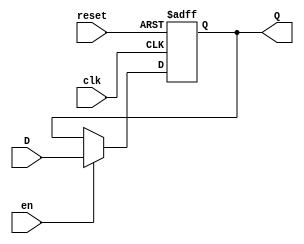
module barrier_register (
    input wire clk,       // Clock signal
    input wire en,       // Enable signal
    input wire reset,     // Asynchronous reset signal
    input wire [N-1:0] D, // Data input (N-bit wide)
    output reg [N-1:0] Q  // Data output (N-bit wide)
);
    parameter N = 8; // Define the width of the register (8 bits by default)

    // Asynchronous reset and synchronous data storage
    always @(posedge clk or posedge reset) begin
        if (reset) begin
            Q <= {N{1'b0}}; // Reset output to 0
        end else if (en) begin
            Q <= D; // Latch the input data on rising edge of clk if enabled
        end
        // If reset is not active and enable is low, Q retains its value
    end
endmodule